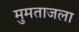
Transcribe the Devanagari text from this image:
मुमताजला